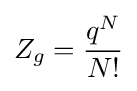
Z_{g}={\frac {q^{N}}{N!}}